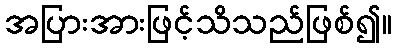
အပြားအားဖြင့်သိသည်ဖြစ်၍။